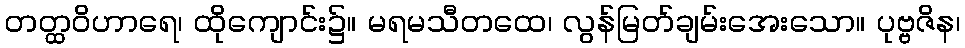
တတ္ထဝိဟာရေ၊ ထိုကျောင်း၌။ မရမသီတထေ၊ လွန်မြတ်ချမ်းအေးသော။ ပုဗ္ဗဇိန၊